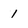
Character: 1